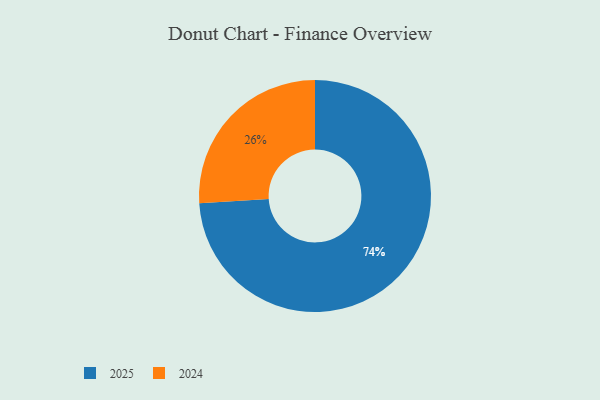
{"axis": {"x": "Category", "y": "Percentage"}, "legend": ["2024", "2025"], "data": [{"x": "2024", "y": 26, "type": "2024"}, {"x": "2025", "y": 74, "type": "2025"}]}